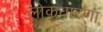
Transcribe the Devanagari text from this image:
लोकधारणा